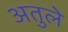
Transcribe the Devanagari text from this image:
अतुले